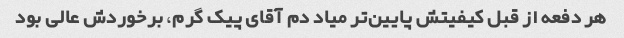
هر دفعه از قبل کیفیتش پایین‌تر میاد دم آقای پیک گرم، برخوردش عالی بود